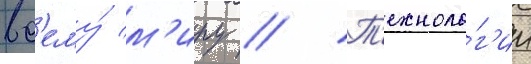
вс'ему́ м'иру // Т'ехноло́г'ии